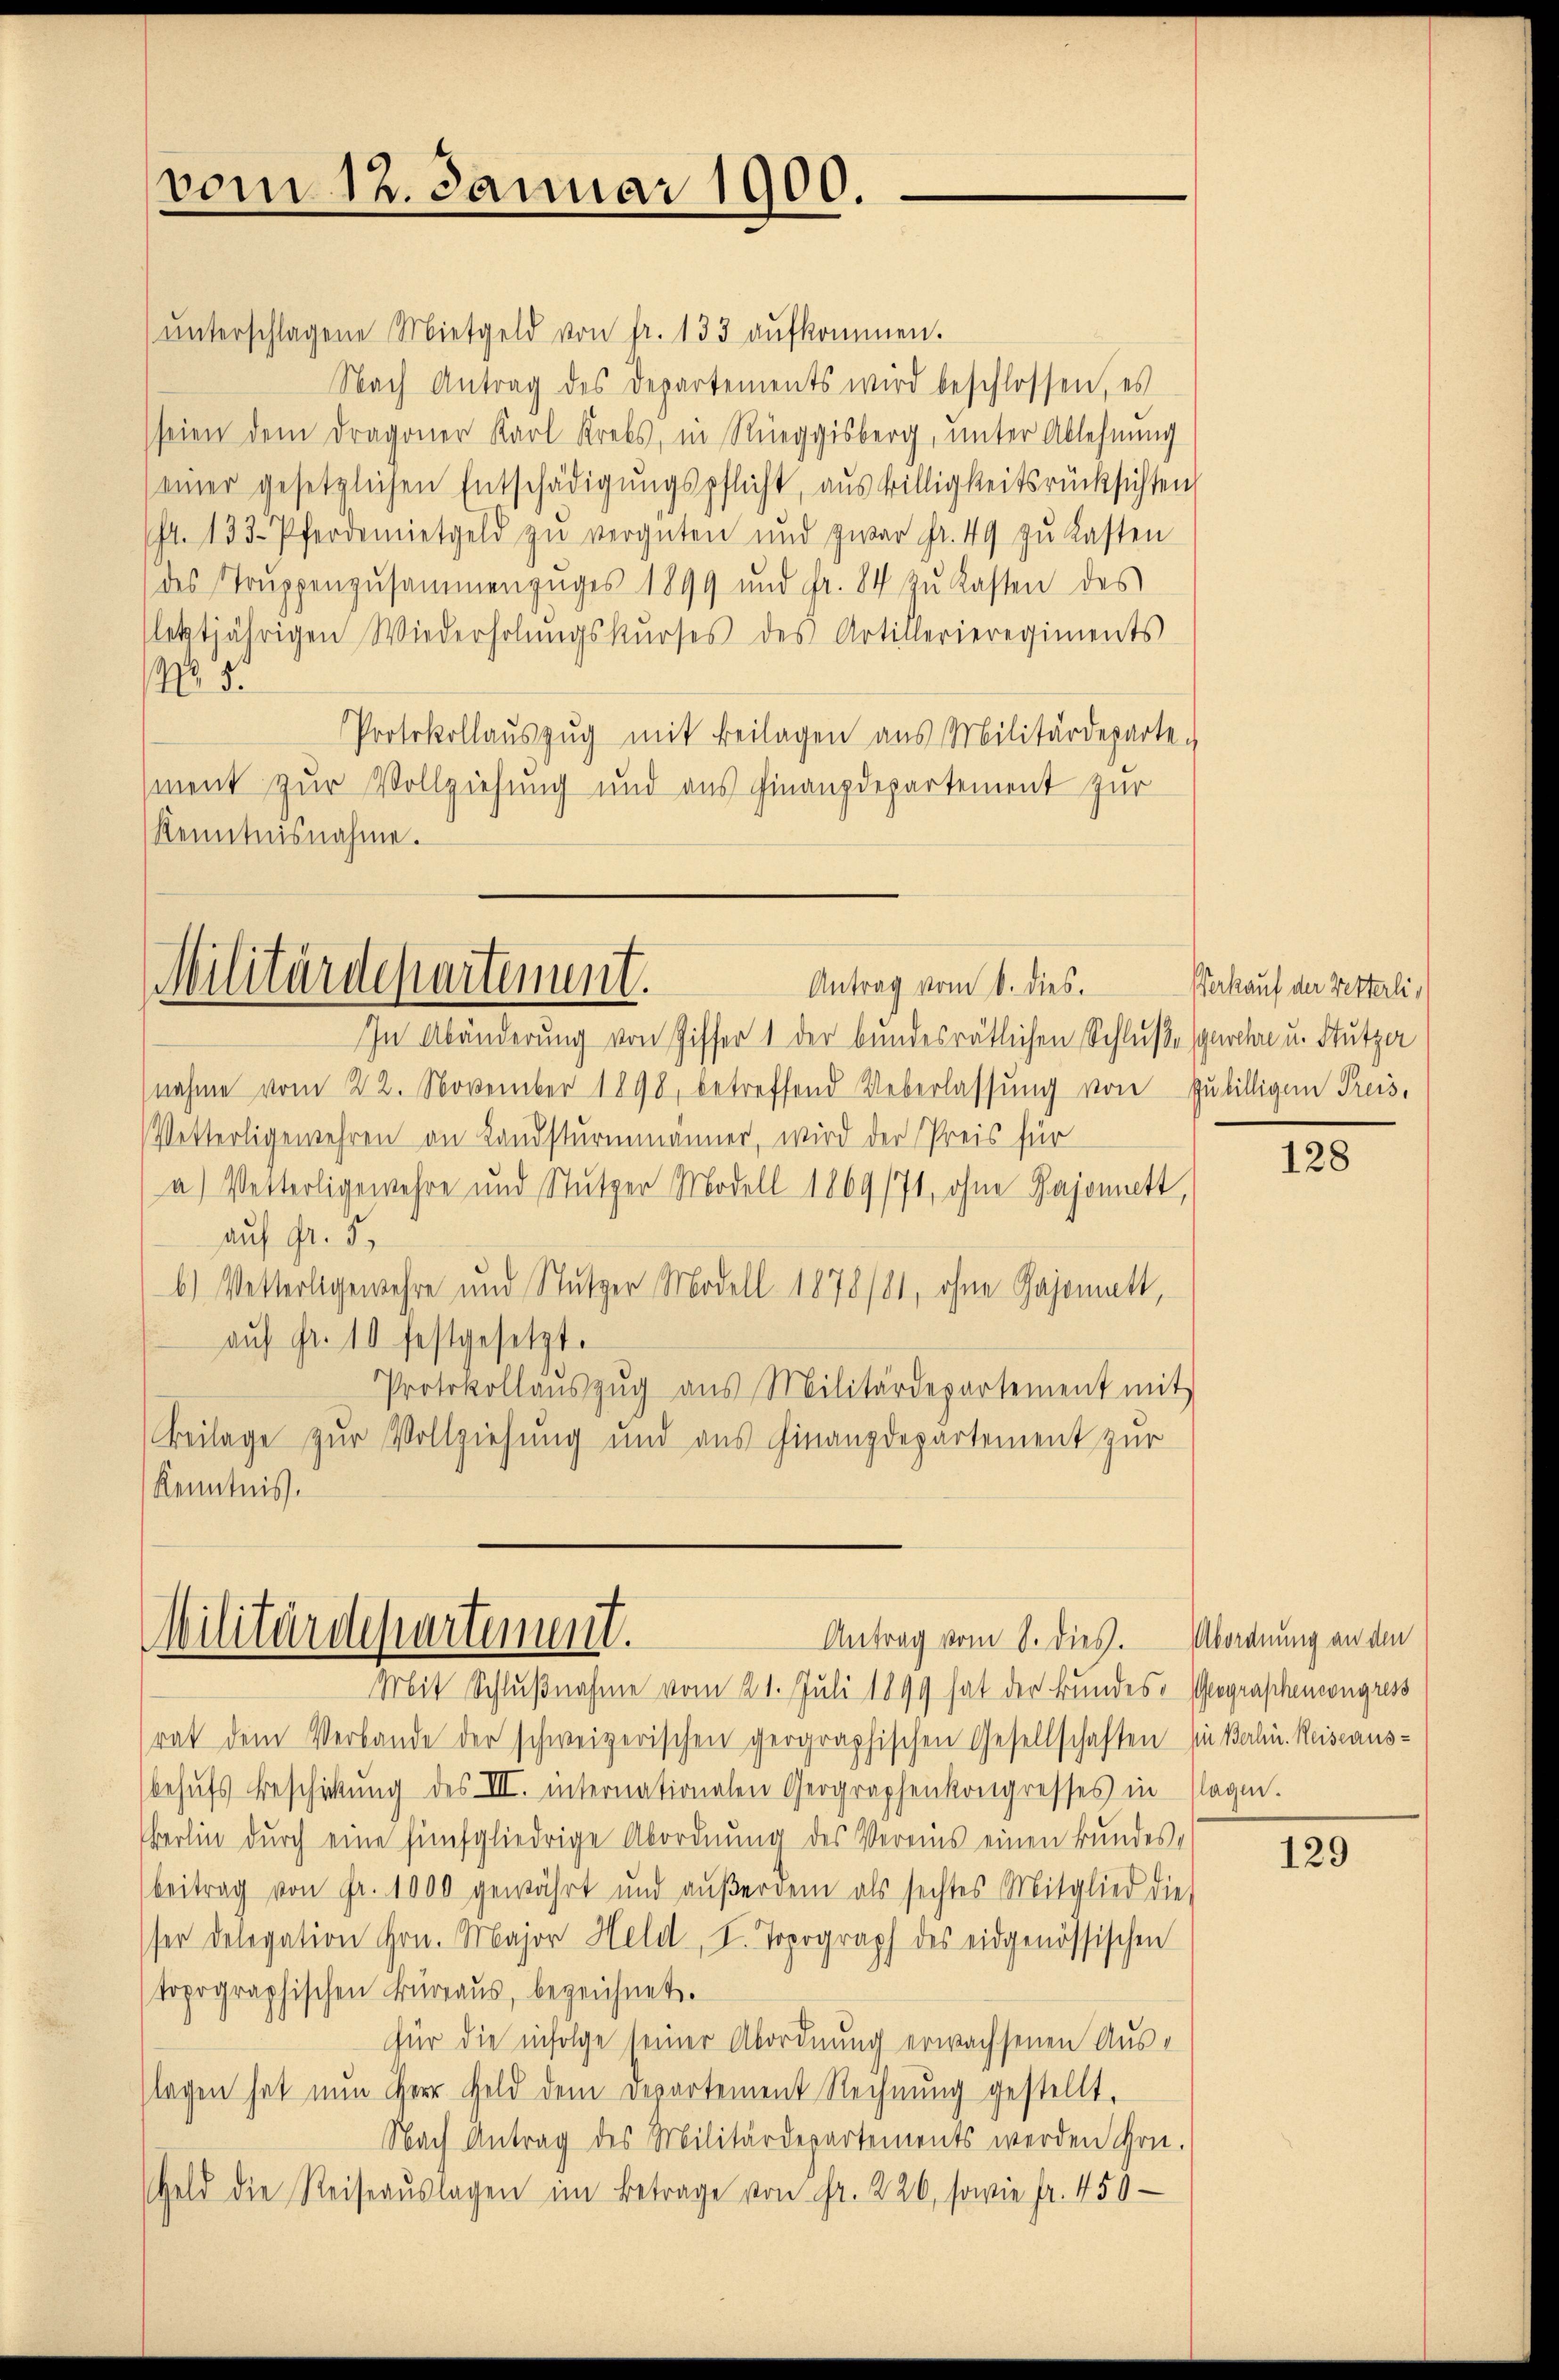
vom 12. Januar 1900.

ŭnterschlagene Mietgeld von fr. 133 aufkommen.
Nach Antrag des Departements wird beschlossen, es
seien dem Dragoner Karl Krebs, in Rüeggisberg, unter Ablehnŭng
einer gesetzlichen Entschädigŭngspflicht, aŭs willigkeitsrücksichten
/4. 133. Pferdemietgeld zŭ vergüten und zwar fr. 49 zŭ lasten
des Truppenzusammenzuges 1899 und fr. 84 zŭ lasten des
letztjährigen Wiederholŭngskŭrses des Artillerieregiments
 5.
Protokollauszug mit Beilagen aus Militärdeparte
ment zur Vollziehung und aus Finanzdepartement zur
Kenntnisnahme.

In Abänderung von Ziffer 1 der bundesrätlichen Schluße gewehre u. Stutzer
nahme vom 22. November 1898, betreffend Ueberlassŭng von zubilligen Preis,
Vetterligewehren an Landsturmmänner, wird der Preis für
a) Vetterligewehre und Stutzer Modell 1869/74, ohne Bajonett,
auf Fr. 5.
b) Wetterlegewehre und Stutzer Modell 1878/81, ohne Gajomatt,
aŭf Fr. 10 festgesetzt.
Protokollaŭszŭg aŭs Militärdepartement mit
Beilage zur Vollziehung und aus Finanzdepartement zur
Kenntnis.

Militärdepartement.
Antrag vom 6. dies.

Militärdepartement.
Antrag vom 8. dies. Abordnung an den

Mit Schlußnahme vom 21. Juli 1899 hat der Bundes- Geographenwegress
rat dem Verbande der schweizerischen geographischen Gesellschaften in Balin. Reiseaus-
behŭfs Beschickung des III. internationalen Geographenkongresses in sagen.
Berlin durch eine fünfgliedrige Abordnung des Vereins einen Bundesbeitrag von Fr. 1000 gewährt und aŭβerdem als sechtes Mitglied die
ser Delegation Hrn. Major Held, I. Topograph des eidgenössischen
topographischen Büreaŭs, bezeichnet.
für die infolge seiner Abordnung erwachsenen Auslagen hat nun Herr Geld dem Departement Rechnung gestellt,
Nach Antrag des Militärdepartements werden Hrn.
Geld die Reiseaŭslagen im Betrage von Fr. 226, sowie fr. 450 -

Verkauf der Vetterli¬

128

129